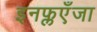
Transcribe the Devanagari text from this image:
इनफ्लएँजा